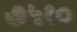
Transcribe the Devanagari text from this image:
७५१०